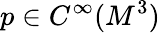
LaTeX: p\in C^{\infty}(M^{3})